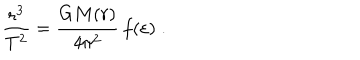
\frac { r ^ { 3 } } { T ^ { 2 } } = \frac { G M ( r ) } { 4 \pi ^ { 2 } } \, f ( \varepsilon ) \; .